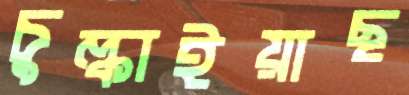
চুল্‌কাইয়াছ